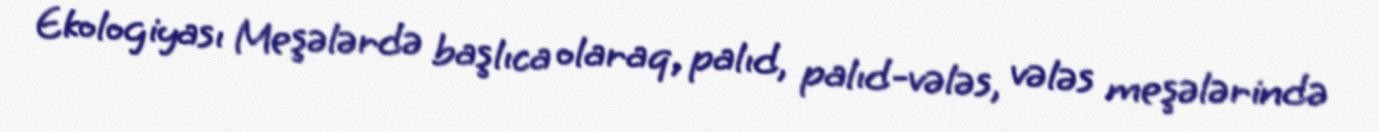
Ekologiyası Meşələrdə başlıca olaraq, palıd, palıd-vələs, vələs meşələrində